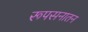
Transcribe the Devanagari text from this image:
रूपसनातन